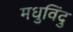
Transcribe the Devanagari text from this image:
मधुविंदु